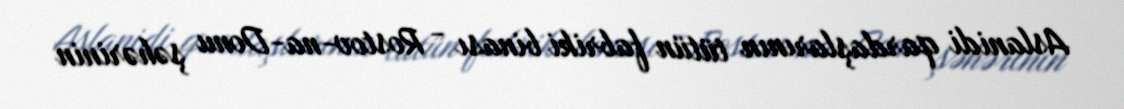
Aslanidi qardaşlarının tütün fabriki binası - Rostov-na-Donu şəhərinin